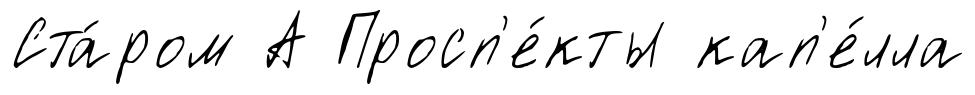
Ста́ром А Просп'е́кты кап'е́лла